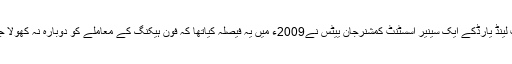
سکاٹ لینڈ یارڈکے ایک سینیر اسسٹنٹ کمشنرجان ییٹس نے2009ء میں یہ فیصلہ کیاتھا کہ فون ہیکنگ کے معاملے کو دوبارہ نہ کھولا جائے ۔